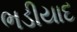
ભડીયાદ